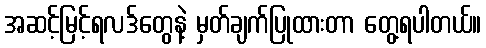
အဆင့်မြင့်ရလဒ်တွေနဲ့ မှတ်ချက်ပြုထားတာ တွေ့ရပါတယ်။